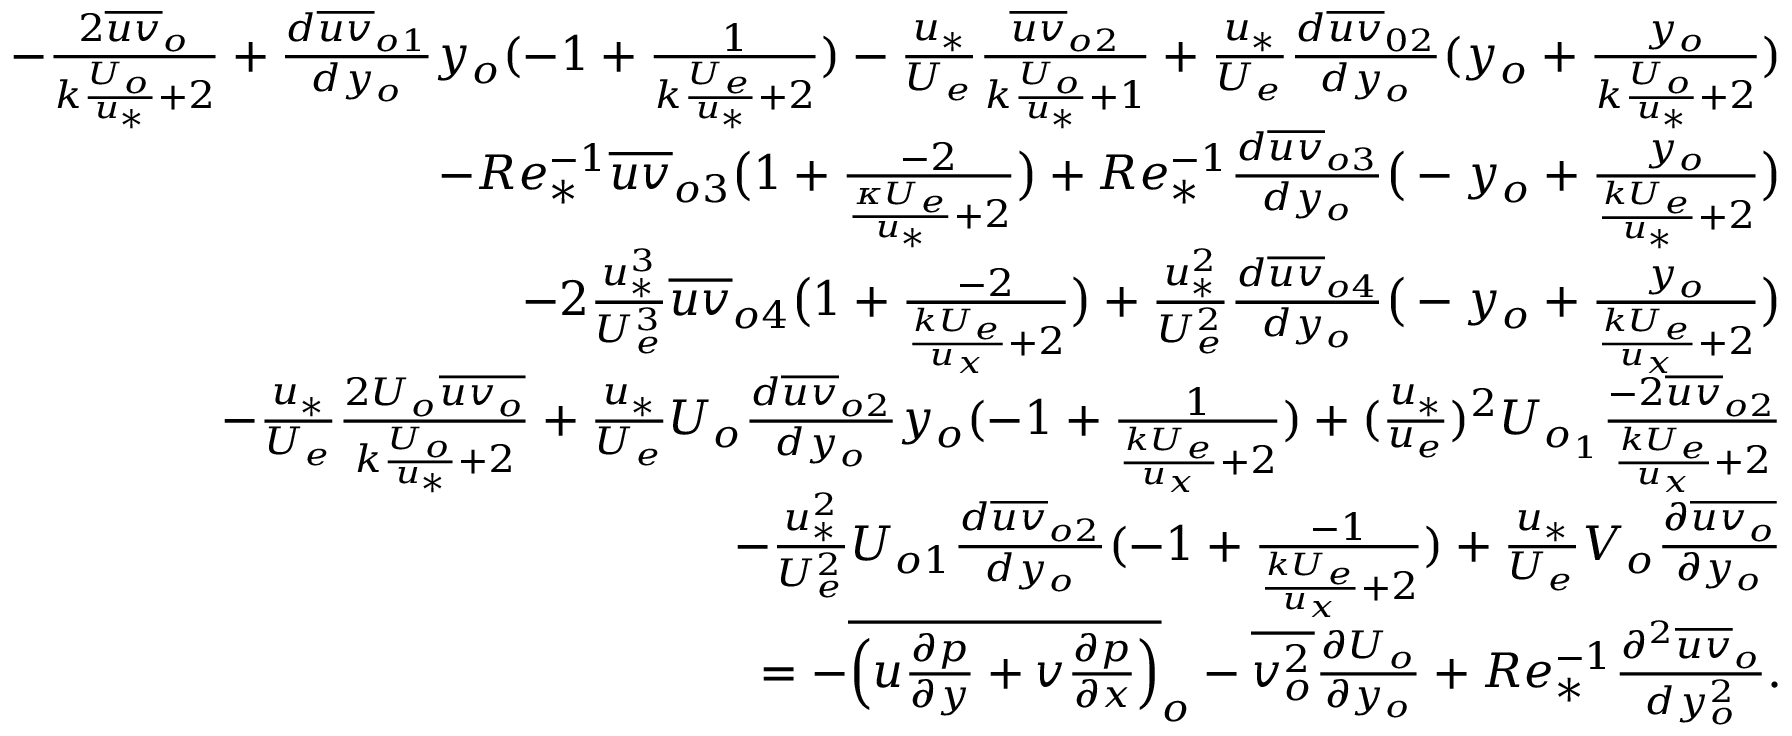
\begin{array} { r } { - \frac { 2 \overline { { u v } } _ { o } } { k \frac { U _ { o } } { u _ { * } } + 2 } + \frac { d \overline { { u v } } _ { o 1 } } { d y _ { o } } y _ { o } ( - 1 + \frac { 1 } { { k \frac { U _ { e } } { u _ { * } } + 2 } } ) - \frac { u _ { * } } { U _ { e } } \frac { \overline { { u v } } _ { o 2 } } { k \frac { U _ { o } } { u _ { * } } + 1 } + \frac { u _ { * } } { U _ { e } } \frac { d \overline { { u v } } _ { 0 2 } } { d y _ { o } } ( y _ { o } + \frac { y _ { o } } { k \frac { U _ { o } } { u _ { * } } + 2 } ) } \\ { - R e _ { * } ^ { - 1 } \overline { { u v } } _ { o 3 } \big ( 1 + \frac { - 2 } { \frac { \kappa U _ { e } } { u _ { * } } + 2 } \big ) + R e _ { * } ^ { - 1 } \frac { d \overline { { u v } } _ { o 3 } } { d y _ { o } } \big ( - y _ { o } + \frac { y _ { o } } { \frac { k U _ { e } } { u _ { * } } + 2 } \big ) } \\ { - 2 \frac { u _ { * } ^ { 3 } } { U _ { e } ^ { 3 } } \overline { { u v } } _ { o 4 } \big ( 1 + \frac { - 2 } { \frac { k U _ { e } } { u _ { x } } + 2 } \big ) + \frac { u _ { * } ^ { 2 } } { U _ { e } ^ { 2 } } \frac { d \overline { { u v } } _ { o 4 } } { d y _ { o } } \big ( - y _ { o } + \frac { y _ { o } } { \frac { k U _ { e } } { u _ { x } } + 2 } \big ) } \\ { - \frac { u _ { * } } { U _ { e } } \frac { 2 U _ { o } \overline { { u v _ { o } } } } { k \frac { U _ { o } } { u _ { * } } + 2 } + \frac { u _ { * } } { U _ { e } } U _ { o } \frac { d \overline { { u v } } _ { o 2 } } { d y _ { o } } y _ { o } ( - 1 + \frac { 1 } { \frac { k U _ { e } } { u _ { x } } + 2 } ) + ( \frac { u _ { * } } { u _ { e } } ) ^ { 2 } U _ { o _ { 1 } } \frac { - 2 \overline { { u v } } _ { o 2 } } { \frac { k U _ { e } } { u _ { x } } + 2 } } \\ { - \frac { u _ { * } ^ { 2 } } { U _ { e } ^ { 2 } } U _ { o 1 } \frac { d \overline { { u v } } _ { o 2 } } { d y _ { o } } ( - 1 + \frac { - 1 } { \frac { k U _ { e } } { u _ { x } } + 2 } ) + \frac { u _ { * } } { U _ { e } } V _ { o } \frac { \partial \overline { { u v _ { o } } } } { \partial y _ { o } } } \\ { = - \overline { { \Big ( u \frac { \partial p } { \partial y } + v \frac { \partial p } { \partial x } \Big ) } } _ { o } - \overline { { v _ { o } ^ { 2 } } } \frac { \partial U _ { o } } { \partial y _ { o } } + R e _ { * } ^ { - 1 } \frac { \partial ^ { 2 } \overline { { u v } } _ { o } } { d y _ { o } ^ { 2 } } . } \end{array}